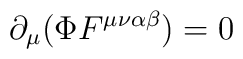
\partial_{\mu}(\Phi F^{\mu\nu\alpha\beta})=0